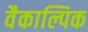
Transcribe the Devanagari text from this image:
वैकाल्पिक